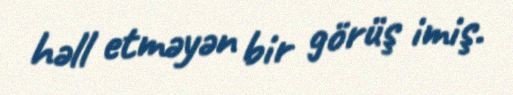
həll etməyən bir görüş imiş.